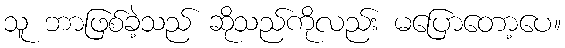
သူ ဘာဖြစ်ခဲ့သည် ဆိုသည်ကိုလည်း မပြောတော့ပေ။